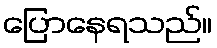
ပြောနေရသည်။